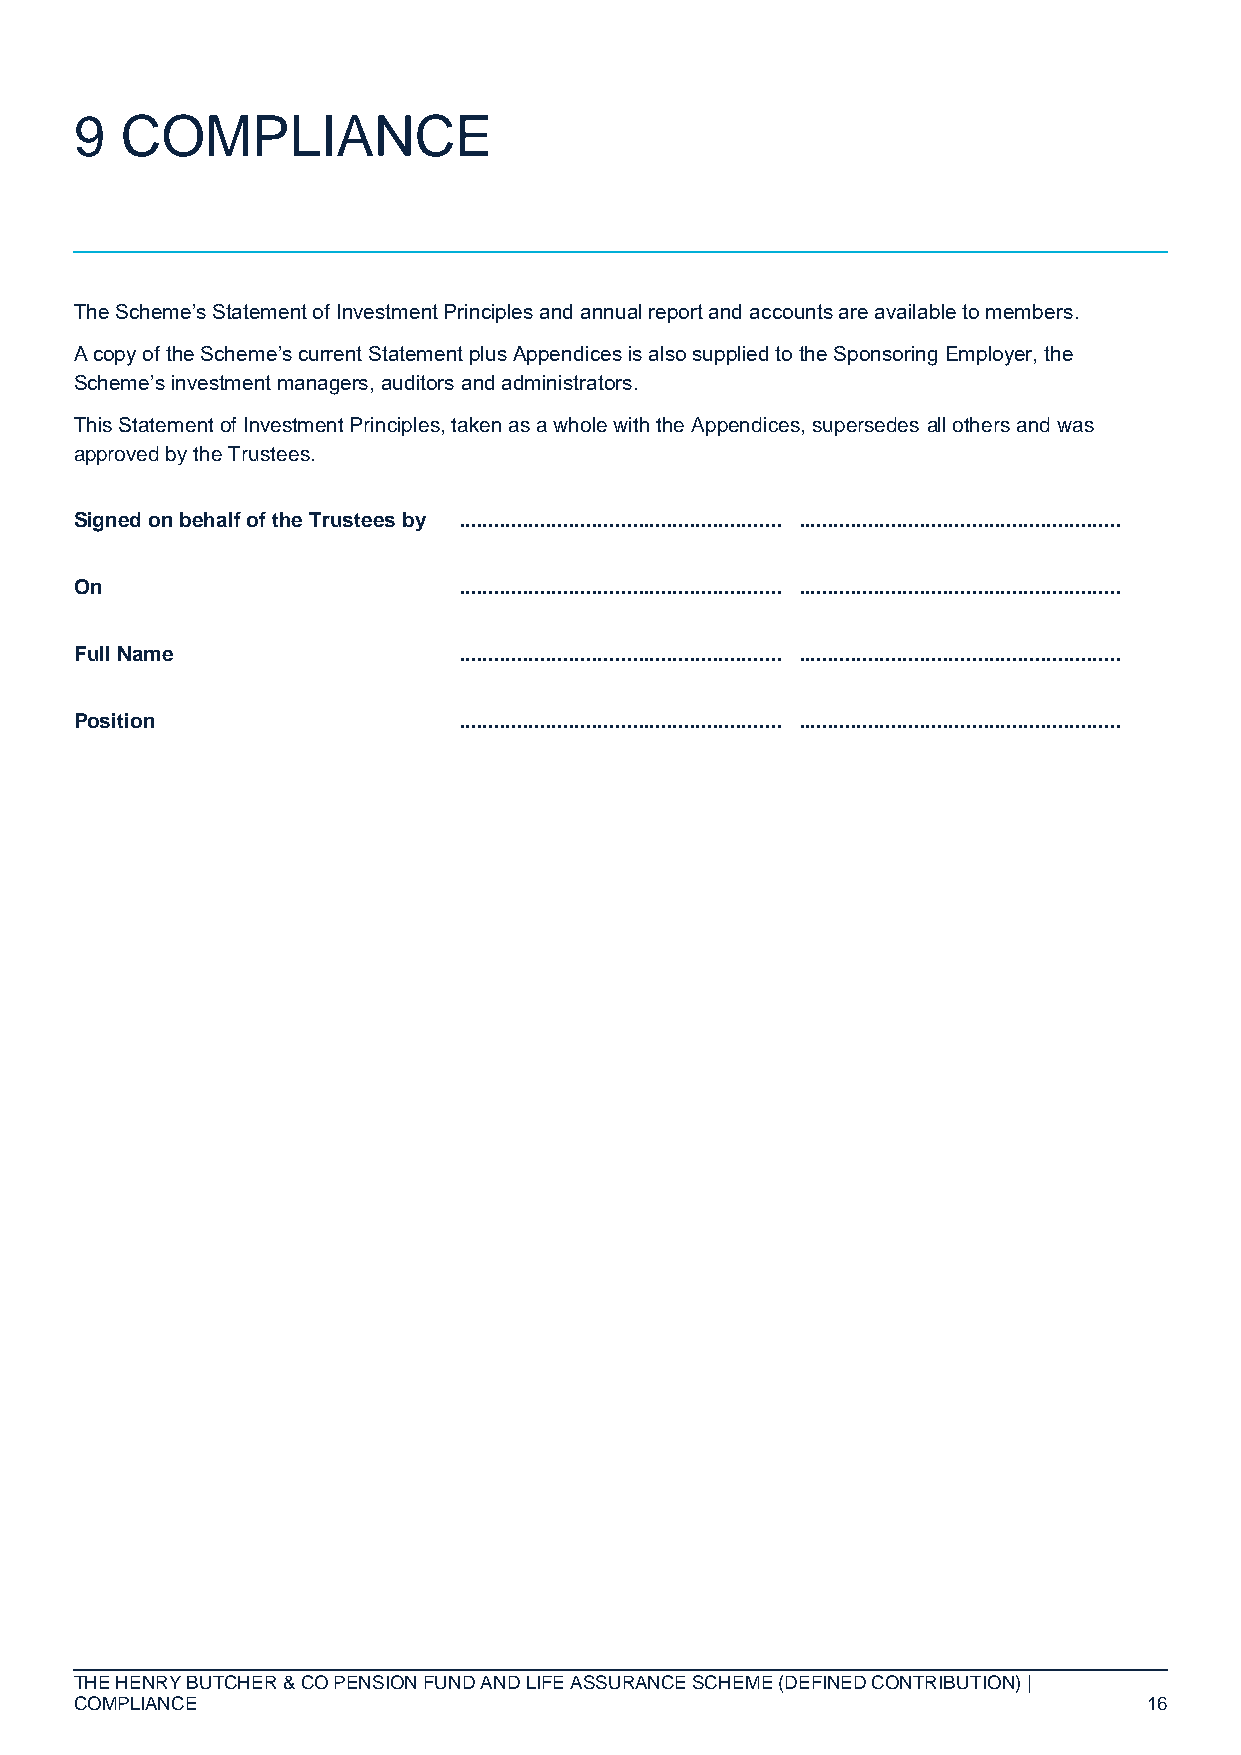
9  COMPLIANCE
 The Scheme’s Statement of Investment Principles and annual report and accounts are available to members.
 A copy of the Scheme’s current Statement plus Appendices is also supplied to the Sponsoring Employer, the
 Scheme’s investment managers, auditors and administrators.
 This Statement of Investment Principles, taken as a whole with the Appendices, supersedes all others and was
 approved by the Trustees.
 Signed on behalf of the Trustees by ........................................................ ........................................................
 On                       ........................................................ ........................................................
 Full Name                ........................................................ ........................................................
 Position                 ........................................................ ........................................................
 THE HENRY BUTCHER & CO PENSION FUND AND LIFE ASSURANCE SCHEME (DEFINED CONTRIBUTION) |
 COMPLIANCE                                                             16